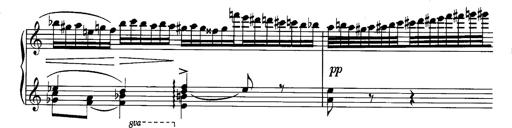
Title: La romanesca
Composer: Franz Liszt